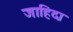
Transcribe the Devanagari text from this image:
जाहिदा